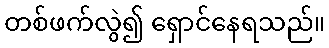
တစ်ဖက်လွဲ၍ ရှောင်နေရသည်။